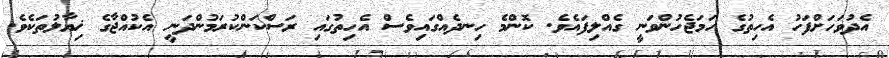
އެދުވަހަށްފަހު އެހިތުގެ ހަމަޖެހުންވަނީ ގެއްލިފައެވެ. ކޮންމެ ހިނދެއްގައިވެސް އެހިތުގައި ރަސްކަންކުރަމުންދަނީ އެކުއްޖާގެ ޚިޔާލުތަކެވެ.